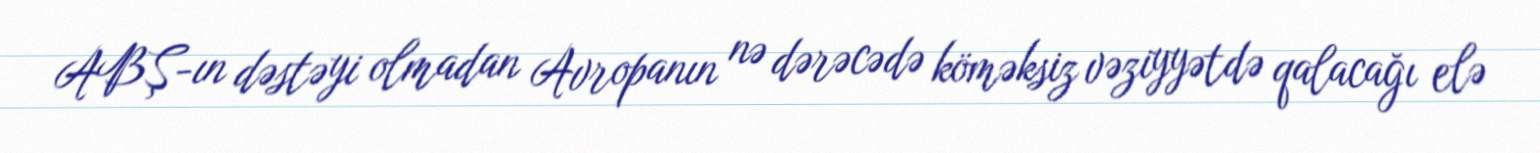
ABŞ-ın dəstəyi olmadan Avropanın nə dərəcədə köməksiz vəziyyətdə qalacağı elə